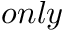
o n l y